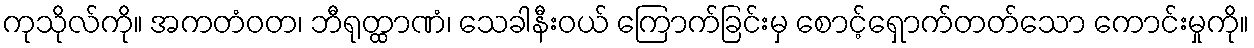
ကုသိုလ်ကို။ အကတံဝတ၊ ဘီရုတ္ထာဏံ၊ သေခါနီးဝယ် ကြောက်ခြင်းမှ စောင့်ရှောက်တတ်သော ကောင်းမှုကို။